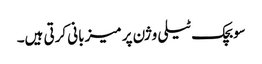
سوبچک ٹیلی وژن پر میزبانی کرتی ہیں۔